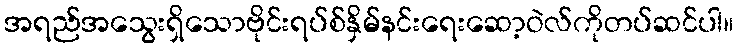
အရည်အသွေးရှိသောဗိုင်းရပ်စ်နှိမ်နင်းရေးဆော့ဝဲလ်ကိုတပ်ဆင်ပါ။